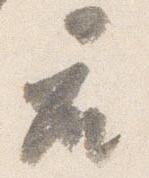
座